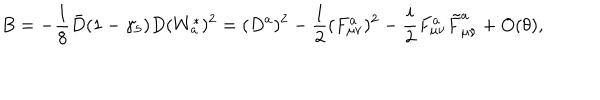
LaTeX: B = - \frac { 1 } { 8 } \bar { D } ( 1 - \gamma _ { 5 } ) D ( W _ { a } ^ { * } ) ^ { 2 } = ( D ^ { a } ) ^ { 2 } - \frac { 1 } { 2 } ( F _ { \mu \nu } ^ { a } ) ^ { 2 } - \frac { i } { 2 } F _ { \mu \nu } ^ { a } \tilde { F } _ { \mu \nu } ^ { a } + O ( \theta ) ,